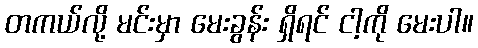
တကယ်လို့ မင်းမှာ မေးခွန်း ရှိရင် ငါ့ကို မေးပါ။